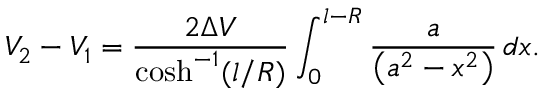
V _ { 2 } - V _ { 1 } = \frac { 2 \Delta V } { \cosh ^ { - 1 } ( l / R ) } \int _ { 0 } ^ { l - R } \frac { a } { \left( a ^ { 2 } - x ^ { 2 } \right) } \, d x .